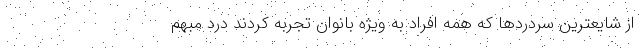
از شایعترین سردردها که همه افراد به ویژه بانوان تجربه کردند درد مبهم